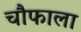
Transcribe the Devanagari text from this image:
चौफाला